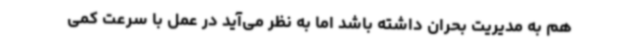
هم به مدیریت بحران داشته باشد اما به نظر می‌آید در عمل با سرعت کمی